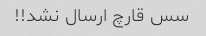
سس قارچ ارسال نشد!!